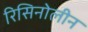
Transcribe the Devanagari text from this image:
रिसिनोलीन